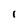
Character: I